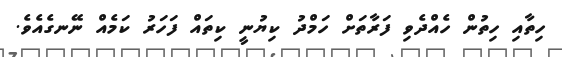
ހިތާއި ހިތުން ހެއްދެވި ފަރާތަށް ހަމްދު ކިޔުނީ ކިތައް ފަހަރު ކަމެއް ނޭނގެއެވެ.